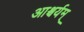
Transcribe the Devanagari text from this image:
आश्चर्यम्